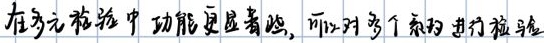
在多元检验中功能更显著些, 可以对多个效应进行检验